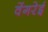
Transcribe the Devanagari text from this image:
वेंगरेई